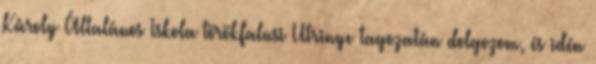
Károly Általános Iskola törökfalusi Utrinye tagozatán dolgozom, és idén